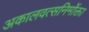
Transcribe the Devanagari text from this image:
अकालवत्सनिर्मोक्ता